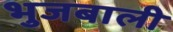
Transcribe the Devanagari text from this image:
भुजबाली